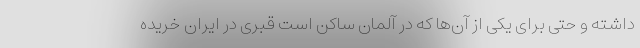
داشته و حتی برای یکی از آن‌ها که در آلمان ساکن است قبری در ایران خریده